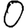
Digit: 0